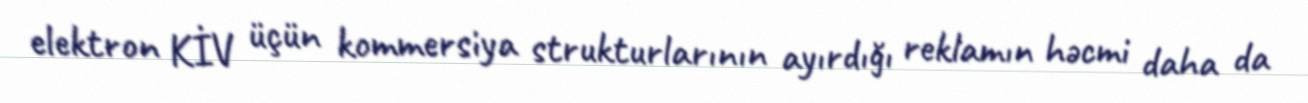
elektron KİV üçün kommersiya strukturlarının ayırdığı reklamın həcmi daha da